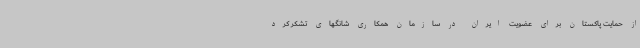
از حمایت پاکستان برای عضویت ایران در سازمان همکاری شانگهای تشکر کرد